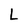
Character: L